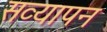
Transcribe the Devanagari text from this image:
सव्यापन